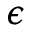
\epsilon